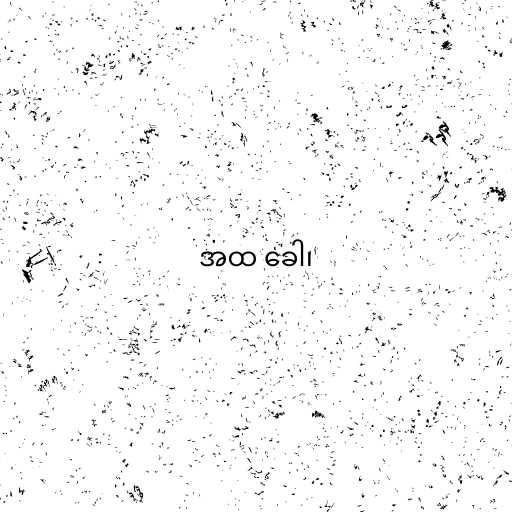
အထ ခေါ၊